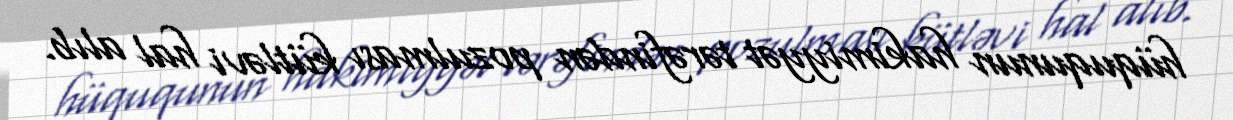
hüququnun hakimiyyət tərəfindən pozulması kütləvi hal alıb.